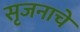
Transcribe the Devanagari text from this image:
सृजनाचे